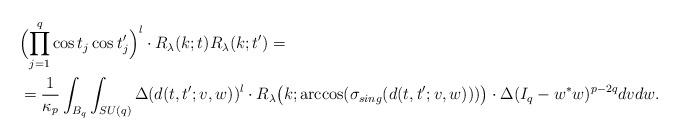
LaTeX: \begin{align*}&\Bigl(\prod_{j=1}^q \cos t_j \cos t_j^\prime\Bigr)^l \cdot R_\lambda(k; t) R_\lambda(k; t^\prime)=\\&=\frac{1}{\kappa_p}\int_{B_q}\int_{SU(q)}\Delta(d(t,t^\prime;v,w))^l \cdot R_\lambda\bigl(k;\arccos(\sigma_{sing}(d(t,t^\prime;v,w)))\bigr)\cdot\Delta(I_q-w^*w)^{p-2q} dv dw.\end{align*}